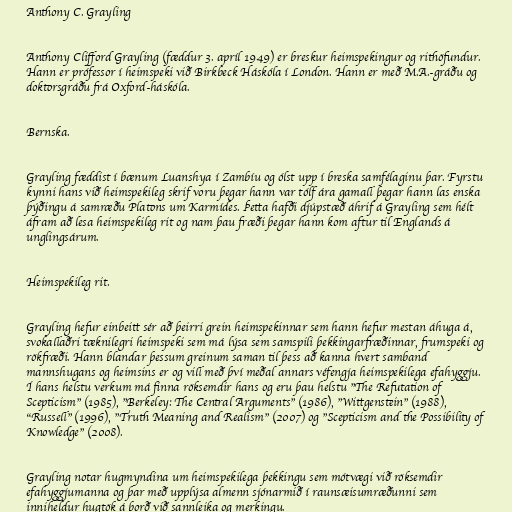
Anthony C. Grayling

Anthony Clifford Grayling (fæddur 3. apríl 1949) er breskur heimspekingur og rithöfundur.
Hann er prófessor í heimspeki við Birkbeck Háskóla í London. Hann er með M.A.-gráðu og
doktorsgráðu frá Oxford-háskóla.

Bernska.

Grayling fæddist í bænum Luanshya í Zambíu og ólst upp í breska samfélaginu þar. Fyrstu
kynni hans við heimspekileg skrif voru þegar hann var tólf ára gamall þegar hann las enska
þýðingu á samræðu Platons um Karmídes. Þetta hafði djúpstæð áhrif á Grayling sem hélt
áfram að lesa heimspekileg rit og nam þau fræði þegar hann kom aftur til Englands á
unglingsárum.

Heimspekileg rit.

Grayling hefur einbeitt sér að þeirri grein heimspekinnar sem hann hefur mestan áhuga á,
svokallaðri tæknilegri heimspeki sem má lýsa sem samspili þekkingarfræðinnar, frumspeki og
rökfræði. Hann blandar þessum greinum saman til þess að kanna hvert samband
mannshugans og heimsins er og vill með því meðal annars véfengja heimspekilega efahyggju.
Í hans helstu verkum má finna röksemdir hans og eru þau helstu "The Refutation of
Scepticism" (1985), "Berkeley: The Central Arguments" (1986), "Wittgenstein" (1988),
"Russell" (1996), "Truth Meaning and Realism" (2007) og "Scepticism and the Possibility of
Knowledge" (2008).

Grayling notar hugmyndina um heimspekilega þekkingu sem mótvægi við röksemdir
efahyggjumanna og þar með upplýsa almenn sjónarmið í raunsæisumræðunni sem
inniheldur hugtök á borð við sannleika og merkingu.